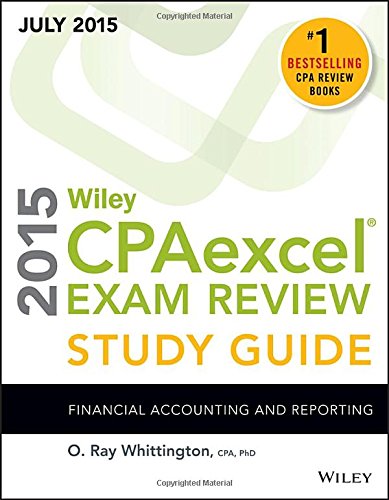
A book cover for Wiley CPAexcel Exam Review 2015 Study Guide July: Financial Accounting and Reporting (Wiley Cpa Exam Review); O. Ray Whittington; Test Preparation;